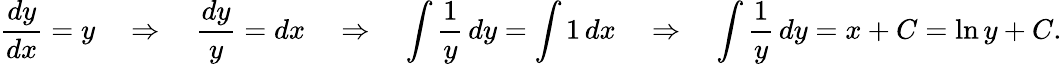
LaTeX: {\frac{dy}{dx}}=y\quad\Rightarrow\quad{\frac{dy}{y}}=dx\quad\Rightarrow\quad\int{\frac{1}{y}}\, dy=\int 1\, dx\quad\Rightarrow\quad\int{\frac{1}{y}}\, dy=x+C=\ln y+C.